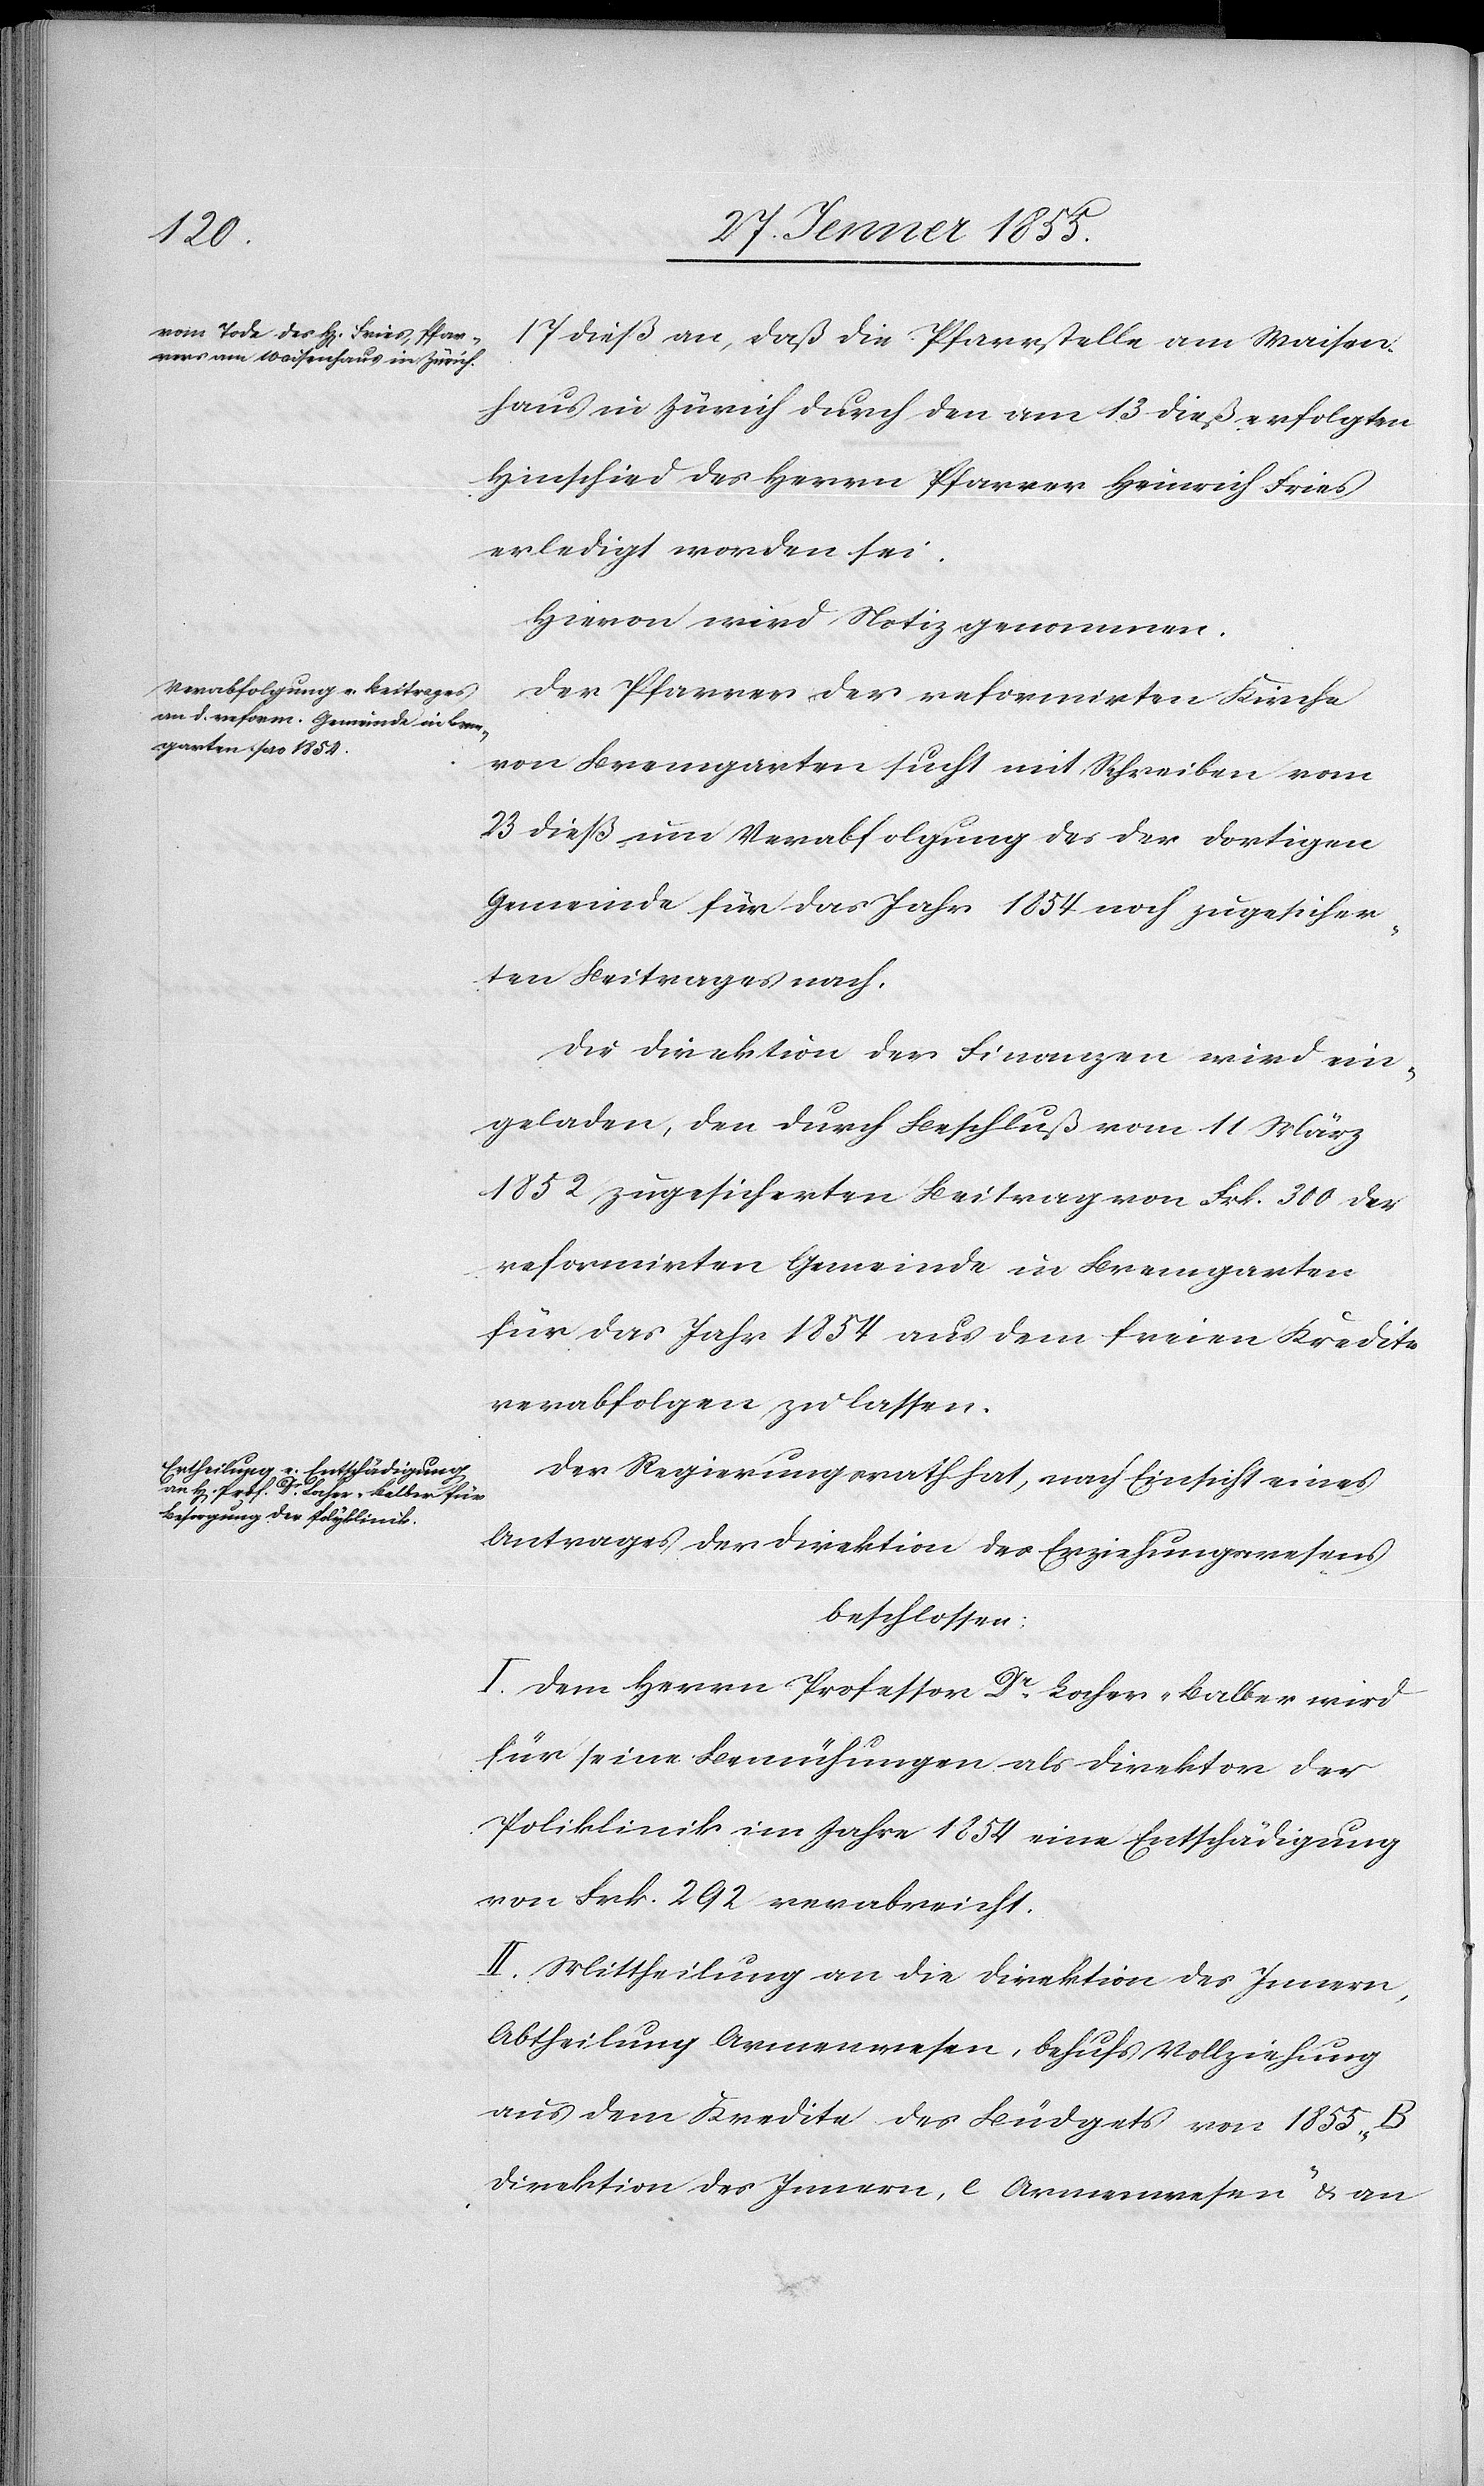
17 dieß an, daß die Pfarrstelle am Waisen¬
haus in Zürich durch den am 13 dieß erfolgten
Hinschied des Herrn Pfarrer Heinrich Fries
erledigt worden sei.
Hievon wird Notiz genommen.
Der Pfarrer der reformirten Kirche
von Bremgarten sucht mit Schreiben vom
23 dieß um Verabfolgung des der dortigen
Gemeinde für das Jahr 1854 noch zugesicher¬
ten Beitrages nach.
Die Direktion der Finanzen wird ein¬
geladen, den durch Beschluß vom 11 März
1852, zugesicherten Beitrag von Frk. 300 der
reformirten Gemeinde in Bremgarten
für das Jahr 1854 aus dem freien Kredite
verabfolgen zu lassen.
Der Regierungsrath hat, nach Einsicht eines
Antrages der Direktion des Erziehungswesens
beschlossen:
I. Dem Herrn Professor Dr. Locher-Balber wird
für seine Bemühungen als Direktor der
Poliklinik im Jahre 1854 eine Entschädigung
von Frk. 292 verabreicht.
II. Mittheilung an die Direktion des Innern,
Abtheilung Armenwesen, behufs Vollziehung
aus dem Kredite des Büdgets von 1855 „B
Direktion des Innern, e Armenwesen“ & an